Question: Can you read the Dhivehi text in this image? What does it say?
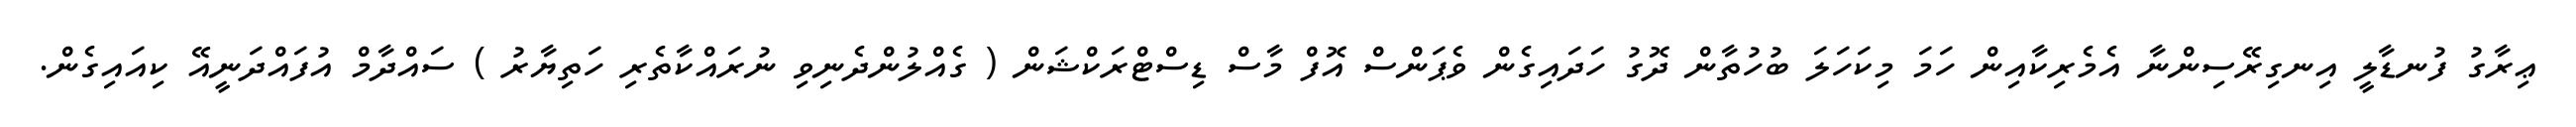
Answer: ޢިރާގު ފުނޑާލީ އިނގިރޭސިންނާ އެމެރިކާއިން ހަމަ މިކަހަލަ ބުހުތާން ދޮގު ހަދައިގެން ވެޕަންސް އޮފް މާސް ޑިސްޓްރަކްޝަން ( ގެއްލުންދެނިވި ނުރައްކާތެރި ހަތިޔާރު ) ސައްދާމް އުފައްދަނީއޭ ކިއައިގެން.